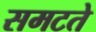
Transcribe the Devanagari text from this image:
समटते